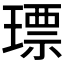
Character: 𤨧